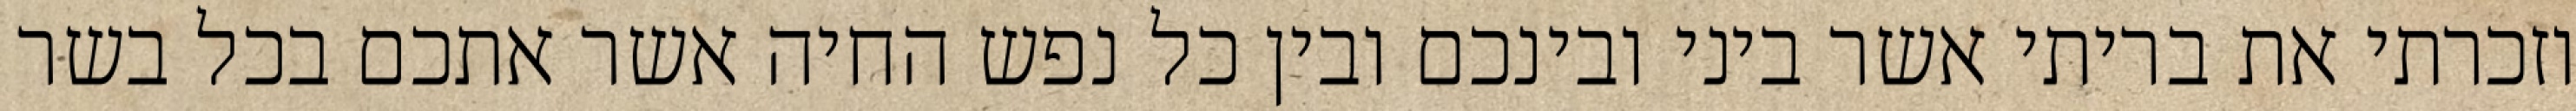
וזכרתי את בריתי אשר ביני ובינכם ובין כל נפש החיה אשר אתכם בכל בשר